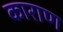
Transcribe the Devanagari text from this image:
काराण